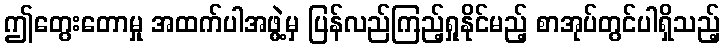
ဤတွေးတောမှု အထက်ပါအဖွဲ့မှ ပြန်လည်ကြည့်ရှုနိုင်မည့် စာအုပ်တွင်ပါရှိသည့်